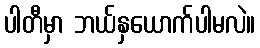
ပါတီမှာ ဘယ်နှယောက်ပါမလဲ။